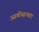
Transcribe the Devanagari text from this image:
उसकीसत्यता